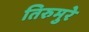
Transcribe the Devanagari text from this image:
तिरुमुरे